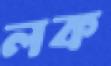
লক